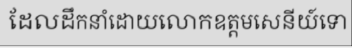
ដែលដឹកនាំដោយលោកឧត្តមសេនីយ៍ទោ